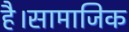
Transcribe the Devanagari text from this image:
है।सामाजिक